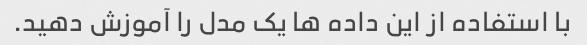
با استفاده از این داده ها یک مدل را آموزش دهید.